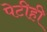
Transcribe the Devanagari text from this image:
पेटीही